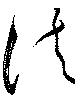
法